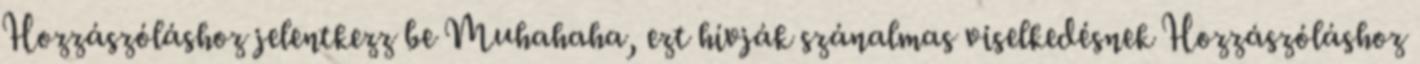
Hozzászóláshoz jelentkezz be Muhahaha, ezt hívják szánalmas viselkedésnek Hozzászóláshoz